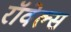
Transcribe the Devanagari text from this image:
रॉवेल्स